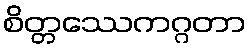
စိတ္တဿေကဂ္ဂတာ